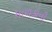
માળકાની